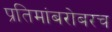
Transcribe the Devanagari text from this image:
प्रतिमांबरोबरच